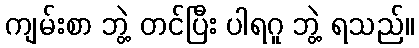
ကျမ်းစာ ဘွဲ့ တင်ပြီး ပါရဂူ ဘွဲ့ ရသည်။